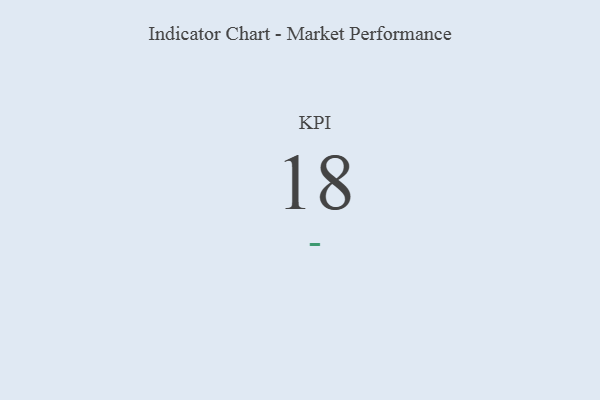
{"axis": {"x": "KPI", "y": "Value"}, "legend": [""], "data": [{"x": "KPI", "y": 18, "type": ""}]}